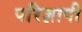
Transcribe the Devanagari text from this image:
परिज्ञापी